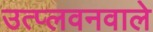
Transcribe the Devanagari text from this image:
उत्प्लवनवाले